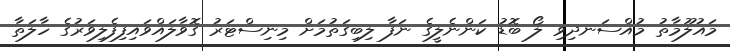
މައުލޫމާތު މުއްސަނދިވި ލޯ ބޮޑު ކަންނެލީގެ ނަފާ ލިބިގަތުމަށް މިނިސްޓަރު ގޮވާލައްވައިފިފެލިވަރުގެ ހާލަތާ